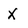
Character: X